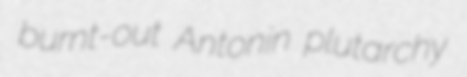
burnt-out Antonin plutarchy